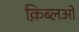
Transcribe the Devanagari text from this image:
क़िब्लओं